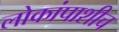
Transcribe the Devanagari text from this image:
लोकांपाशीच